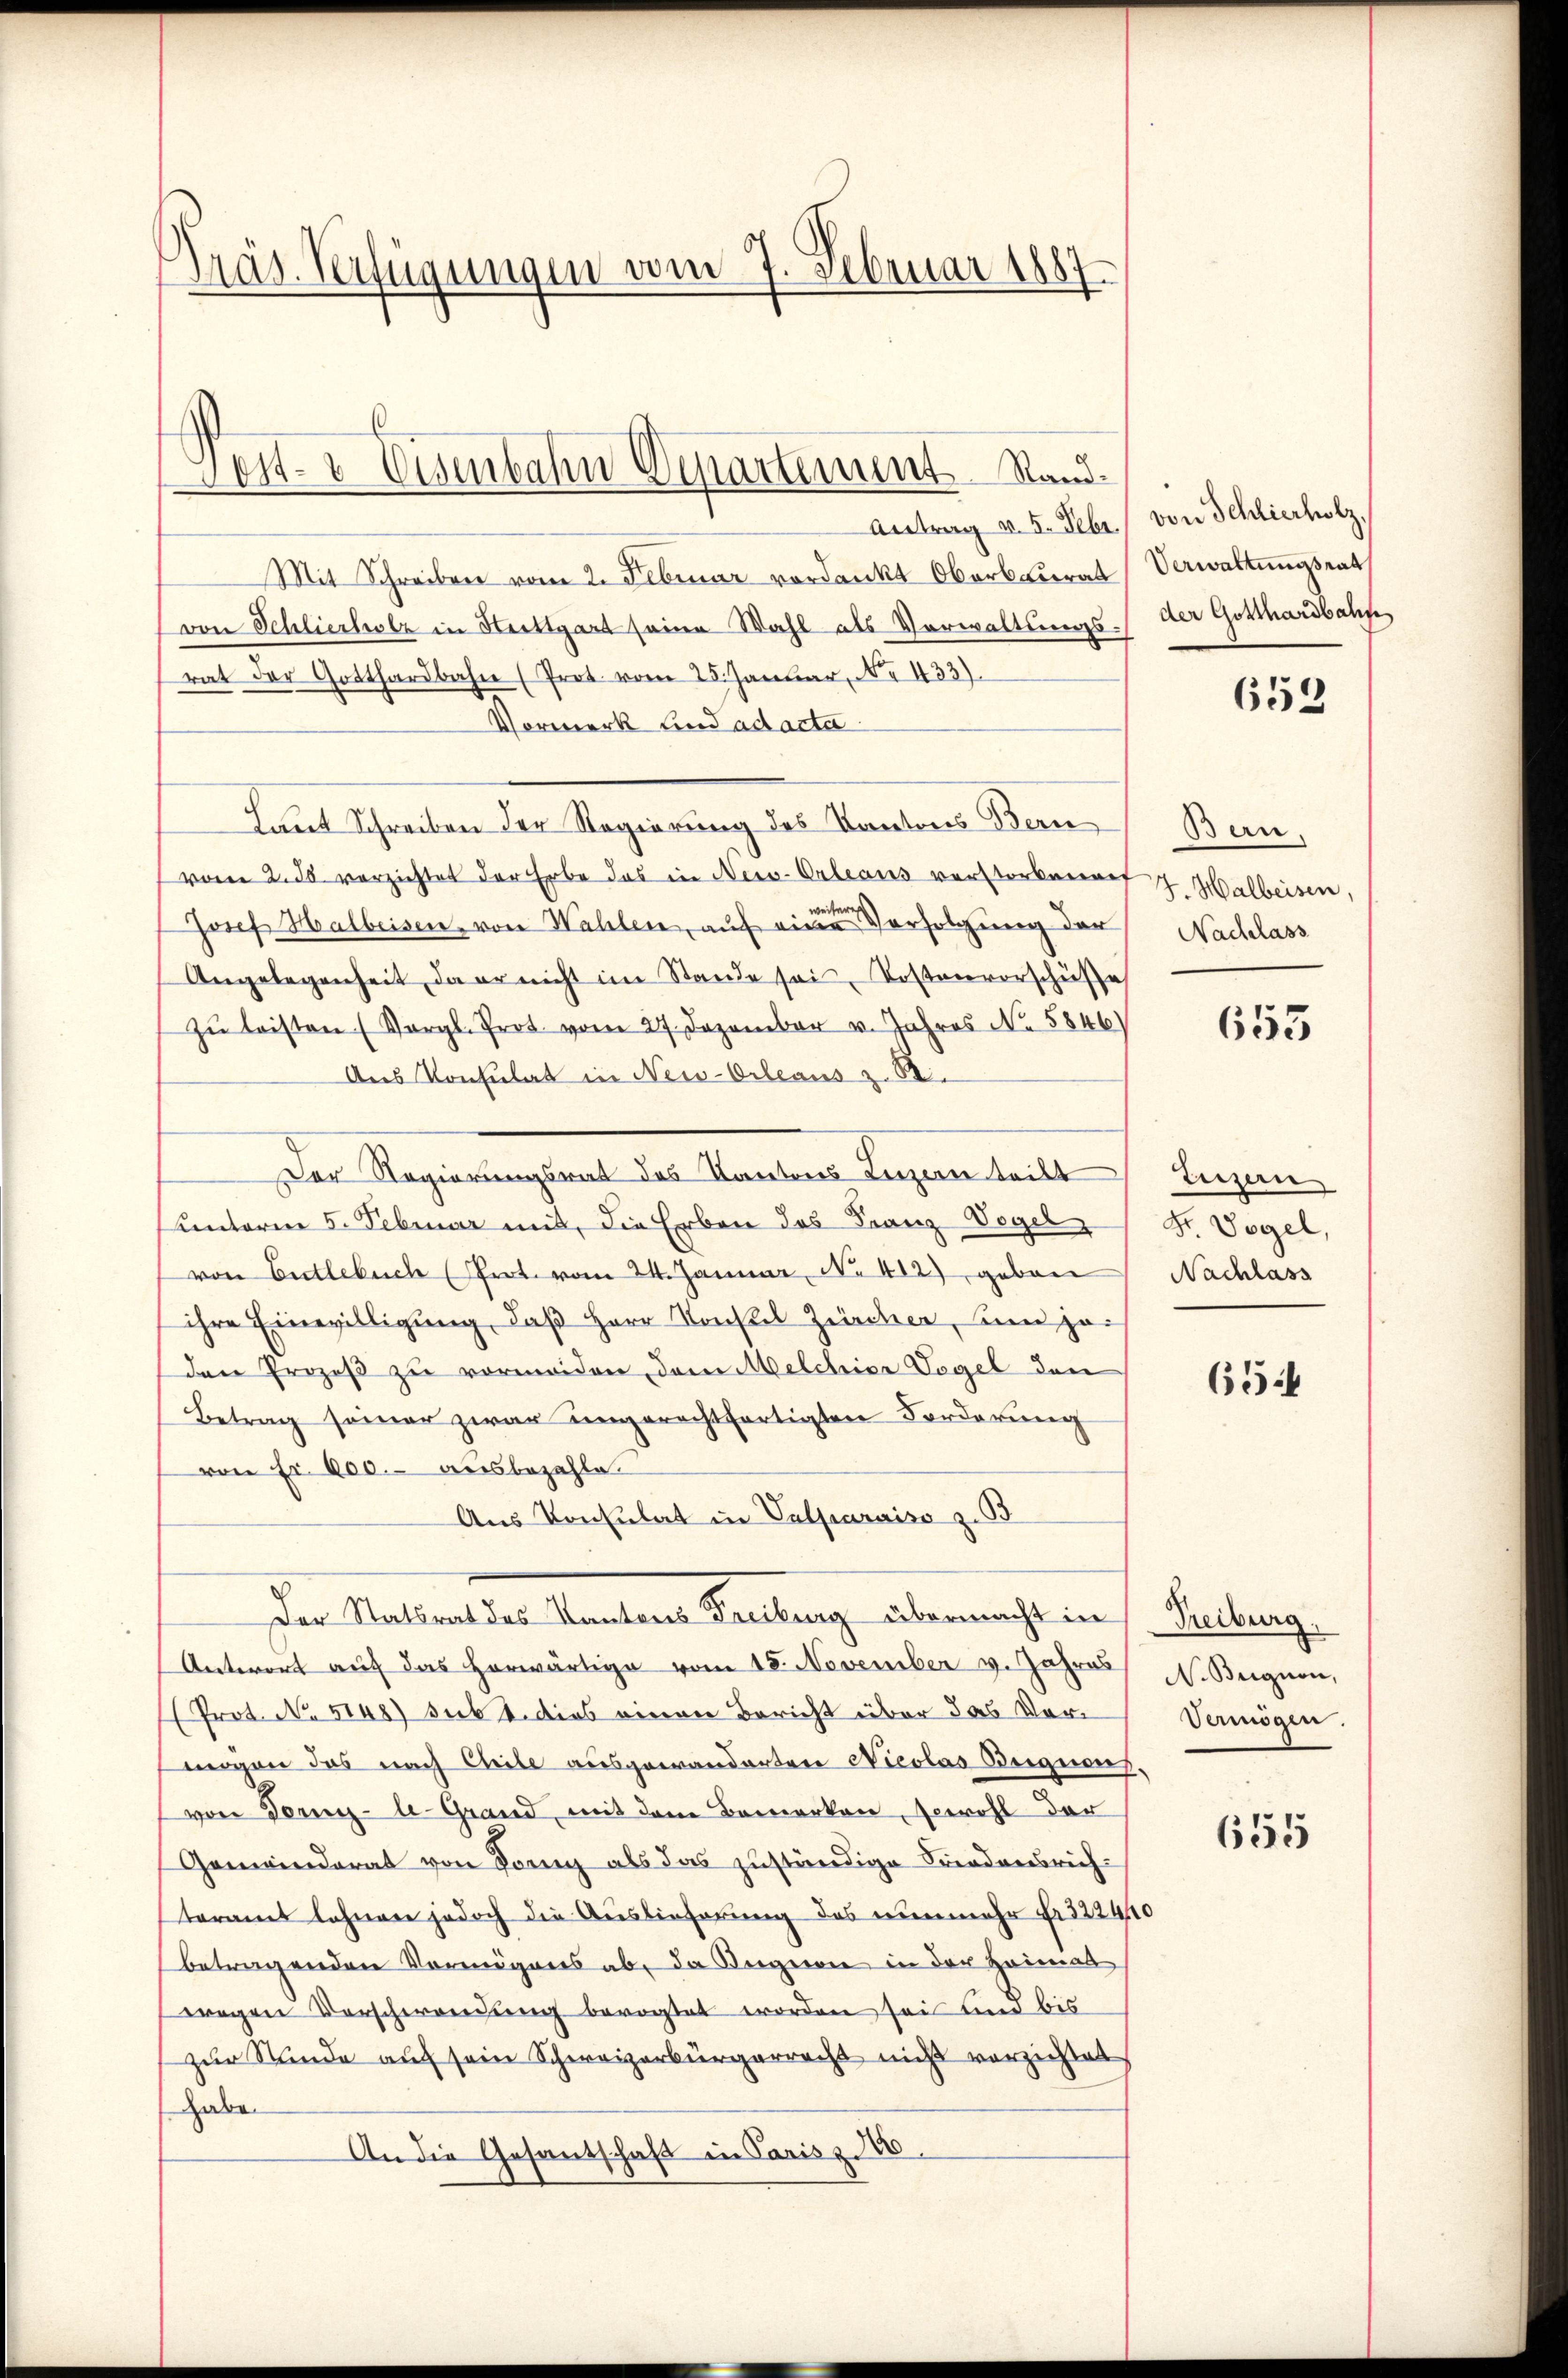
Präs. Verfügungen vom 7. Februar 1887

Post- & Eisenbahn Departement Stand¬

Antrag v. 5. Febr.
Mit Schreiben vom 2. Februar verdankt Oberberat
von Schliesholz in Nettgart seine Wahl als Verwaltungsrat der Gotthardbahn (Prot. vom 25. Januar, No. 433).
Vormerk und ad acta
Laut Schreiben der Regierung des Kantons Bern
vom 2. ds verzichtet der Erbe das in New-Orleans verstorbenen
wei
Josef Halbeisen, von Wahlen, auf eine Verfolgung der
Angelegenheit, da er nicht im Stande sei. Kostenvorschüße
zŭ leisten (Vergl. Prot. vom 27. Dezember u. Jahres No. 5846)
Ans Konsulat in New-Orleaus z. 82
Der Regierungsrat des Kantons Luzern teilt
unterm 5. Februar mit, die Erben des Franz Vogel
von Entlebuch (Prot. vom 24. Januar No. 412) geben
ihre Einwilligung, daß Herr Konstel Zürcher, um je
den Prozeß zu vermeiden, dem Melchior Vogel den
Betrag seiner zwar ungerechtfertigten Forderung
von Fr. 600.- ausbezahle.
Aus Konsulat in Valparaiso z. B
Der Statsrat des Kantons Freiburg übermacht in
Antwort auf das Horwärtige vom 15. November v. Jahres
(Prot. No. 5148) subt. dies einen Bericht über das Vermögen das nach Cheile ausgewanderten Nicolas Begnens,
von Tornig-le-Grand, mit dem Bemerken, sowohl der
Gemeinderat von Gang als das zuständige Friedensrichteramt lehnen jedoch die Auslieferung des nunmehr fr. 3224
betragenden Vermögens ab, da Angion in der Heimat
wegen Verschwendŭng bevogtet worden sei und bis
zur Stunde auf sein Schweizerbürgerrecht nicht verzichtet
habe.
An die Gesandschaft in Parisz 10.

von Schlierholz,
Verwaltungsrat
der Gotthardbahn

652

Ban.
 Halbeisen.
Nachlass

0

653

Luzern
Fr Vogel,
Nachlass

65.

Treiburg.
N. Beignen,
Vermögen.

655